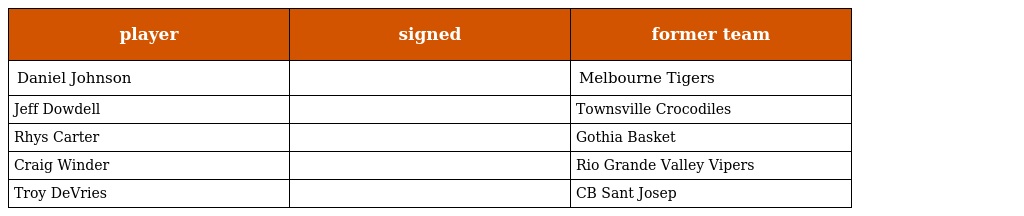
| player | signed | former team |
 | --- | --- | --- |
 | Daniel Johnson |  | Melbourne Tigers |
 | Jeff Dowdell |  | Townsville Crocodiles |
 | Rhys Carter |  | Gothia Basket |
 | Craig Winder |  | Rio Grande Valley Vipers |
 | Troy DeVries |  | CB Sant Josep |